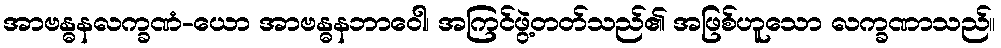
အာဗန္ဓနလက္ခဏံ-ယော အာဗန္ဓနဘာဝေါ၊ အကြင်ဖွဲ့တတ်သည်၏ အဖြစ်ဟူသော လက္ခဏာသည်။